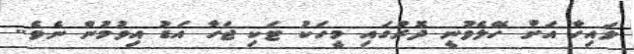
ލައިހާ އަށް ހޭލެވުނީ ދޮރުގައި މީހަކު ޓަކި ޖަހާ އަޑު އިވުމުން ނެވެ..